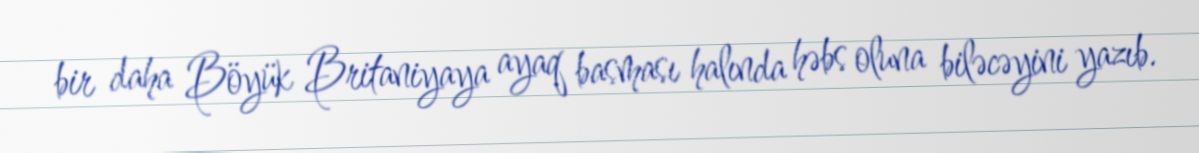
bir daha Böyük Britaniyaya ayaq basması halında həbs oluna biləcəyini yazıb.